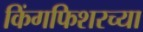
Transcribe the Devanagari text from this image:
किंगफिशरच्या